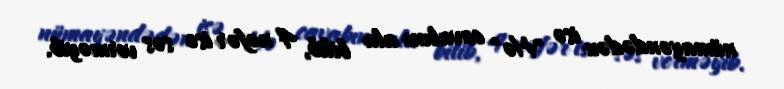
nümayəndədən isə "Hə" cavabını ala bilib, 4 nəfər isə səs verməyib.